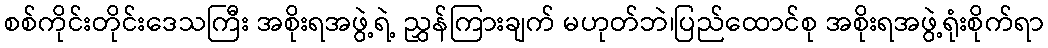
စစ်ကိုင်းတိုင်းဒေသကြီး အစိုးရအဖွဲ့ရဲ့ ညွှန်ကြားချက် မဟုတ်ဘဲ၊ပြည်ထောင်စု အစိုးရအဖွဲ့ရုံးစိုက်ရာ